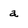
Character: a